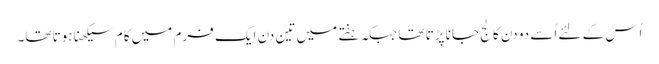
اُس کے لئے اُسے دو دن کالج جانا پڑتا تھا جبکہ ہفتے میں تین دن ایک فرم میں کام سیکھنا ہوتا تھا۔